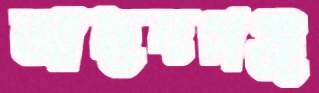
আছদগঞ্জ